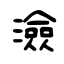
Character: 澰